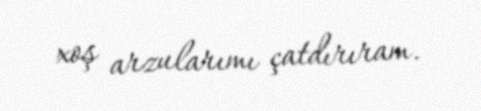
xoş arzularımı çatdırıram.